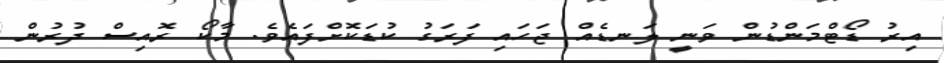
އިރު ޑޯޓްމަންޑުން ވަނީ ލަނޑެއް ޖަހައި ފަރަގު ކުޑަކޮށްފައެވެ. މާކޯ ރޮއިސް ދުރުން